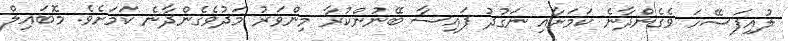
ލުއިފަސޭހަ ވެގެންދާނެ ކަމަށާއި ނަގުދު ފައިސާ ބޭނުންކުރާ މިންވަރު މަދުވެގެންދާނެ ކަމަށެވެ. މޮބައިލް